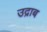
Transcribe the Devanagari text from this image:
उद्राब